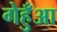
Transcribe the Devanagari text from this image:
गेहुँआ